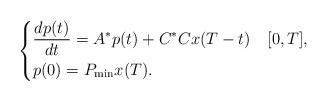
LaTeX: \begin{align*}\addtolength{\jot}{5pt}\left\{\begin{alignedat}{2}&\frac{dp(t)}{dt}=A^*p(t)+C^*Cx(T-t)\,\,\,\,\,\,[0,T],\\&p(0)=P_{\min}x(T).\end{alignedat}\right.\end{align*}